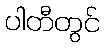
ပါတီတွင်